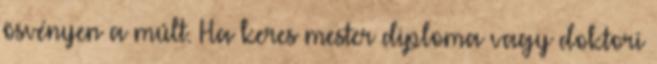
ösvényen a múlt. Ha keres mester diploma vagy doktori